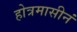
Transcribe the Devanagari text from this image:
होत्रमासीनं